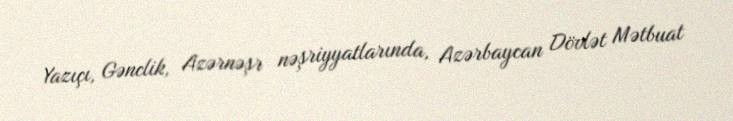
Yazıçı, Gənclik, Azərnəşr nəşriyyatlarında, Azərbaycan Dövlət Mətbuat